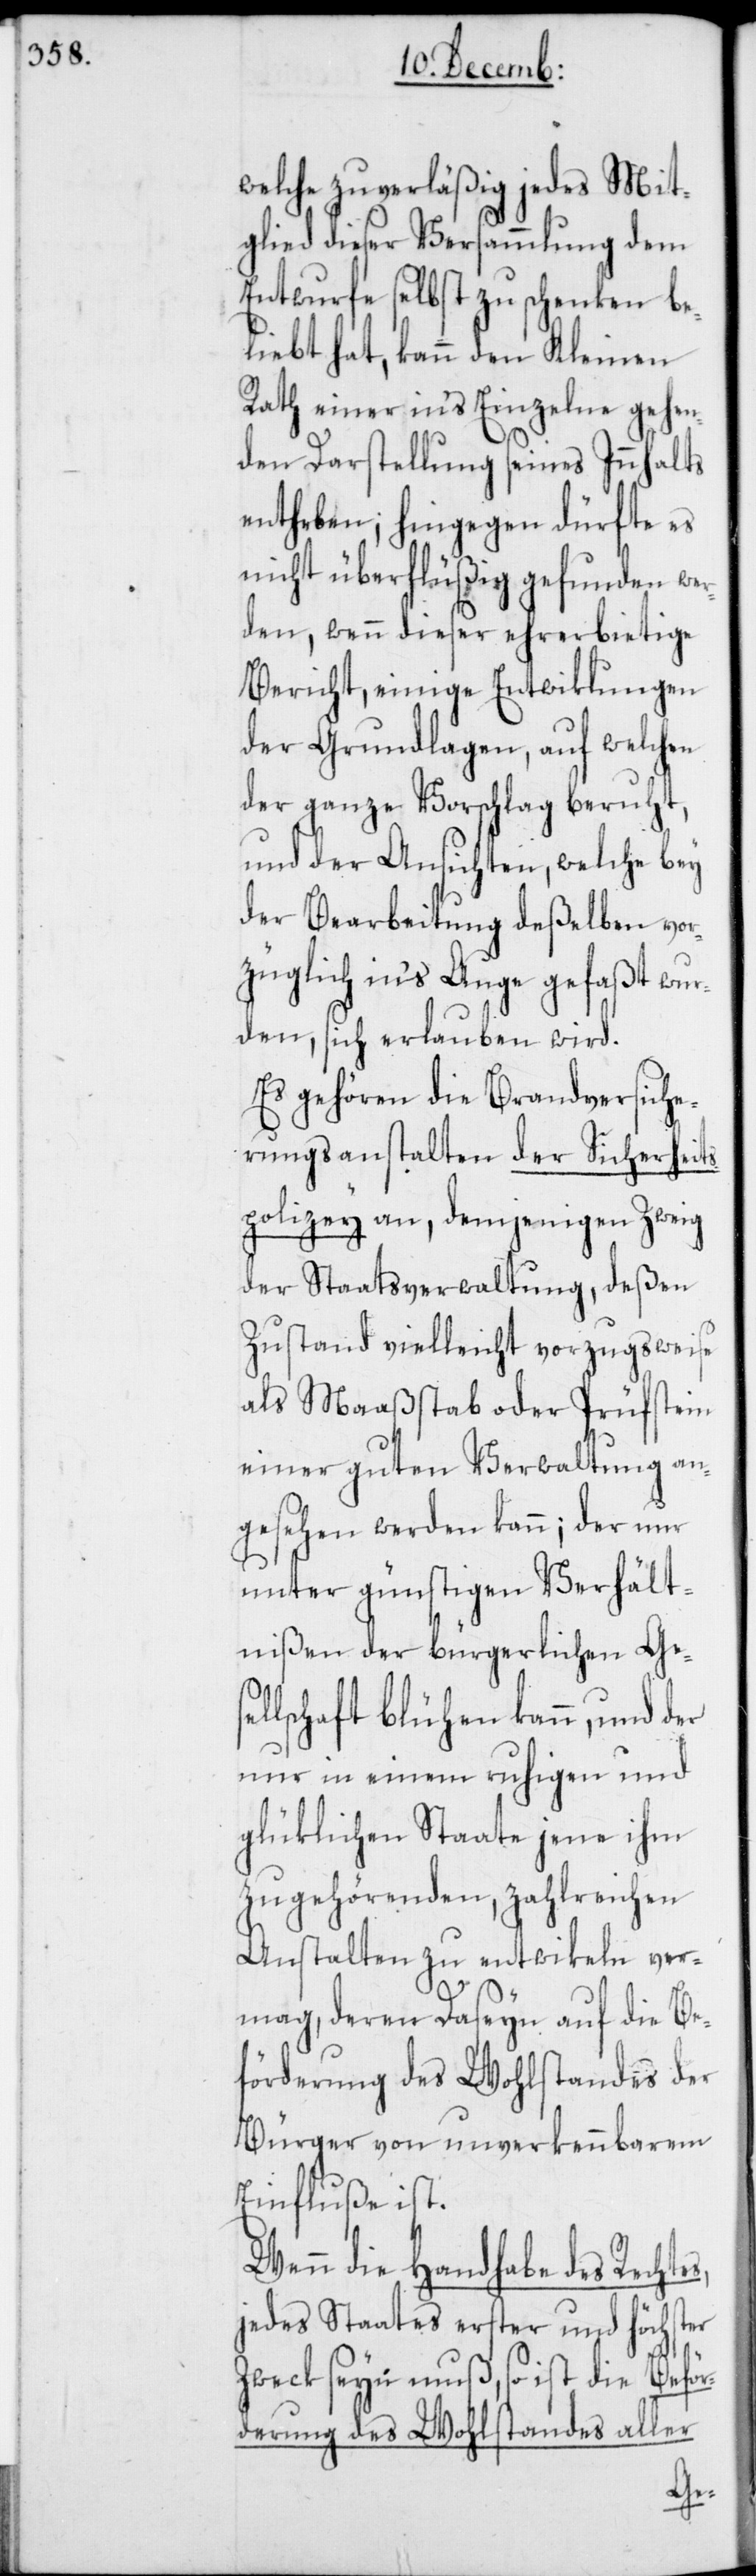
welche zuverläßig jedes Mit¬
glied dieser Versammlung dem
Entwurfe selbst zu schenken be¬
liebt hat, kann den Kleinen
Rath einer in's Einzelne gehen¬
den Darstellung seines Innhalts
entheben, hingegen dürfte es
nicht überflüßig gefunden wer¬
den, wenn dieser ehrerbietige
Bericht, einige Entwiklungen
der Grundlagen, auf welchen
der ganze Vorschlag beruht,
und der Ansichten, welche bey
der Bearbeitung deßelben vor¬
züglich in's Auge gefaßt wur¬
den, sich erlauben wird.
Es gehören die Brandversiche¬
rungsanstalten der Sicherheit¬
spolizey an, demjenigen Zweig
der Staatsverwaltung, deßen
Zustand vielleicht vorzugsweise
als Maaßstab oder Prüfstein
einer guten Verwaltung an¬
gesehen werden kann; der nur
unter günstigen Verhält¬
nißen der bürgerlichen Gese¬
llschaft blühen kann, und der
nur in einem ruhigen und
glüklichen Staate jene ihm
zugehörenden, zahlreichen
Anstalten zu entwikeln ver¬
mag, deren Daseyn auf die Be¬
förderung des Wohlstandes der
Bürger von unverkennbarem
Einfluße ist.
Wenn die Handhabe des Rechte¬
jedes Staates erster und höchster
Zweck seyn muß, so ist die Beför¬
derung des Wohlstandes aller
s,